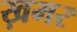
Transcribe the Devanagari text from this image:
ख़मर